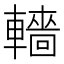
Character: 轖